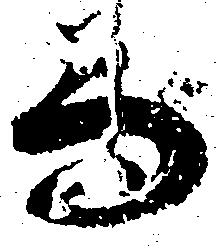
而